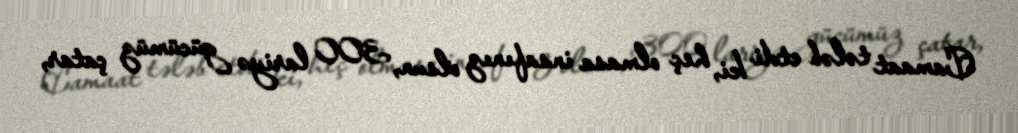
Camaat tələb etdi ki, heç olmasa insafınız olsun, 300 lariyə gücümüz çatar,